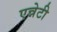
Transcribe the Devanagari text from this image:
एन्नेटी